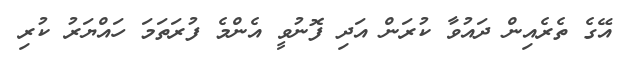
އޭގެ ތެރެއިން ދައުވާ ކުރަން އަދި ފޮނުވީ އެންމެ ފުރަތަމަ ހައްޔަރު ކުރި